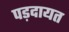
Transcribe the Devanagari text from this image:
पड़दायत